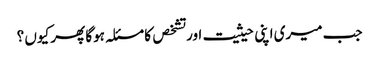
جب میری اپنی حیثیت اور تشخص کا مسئلہ ہوگا پھر کیوں ؟